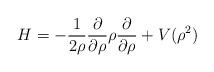
LaTeX: \begin{align*}H= -\frac{1}{2\rho}\frac{\partial}{\partial\rho}\rho \frac{\partial}{\partial\rho} + V(\rho^2) \end{align*}